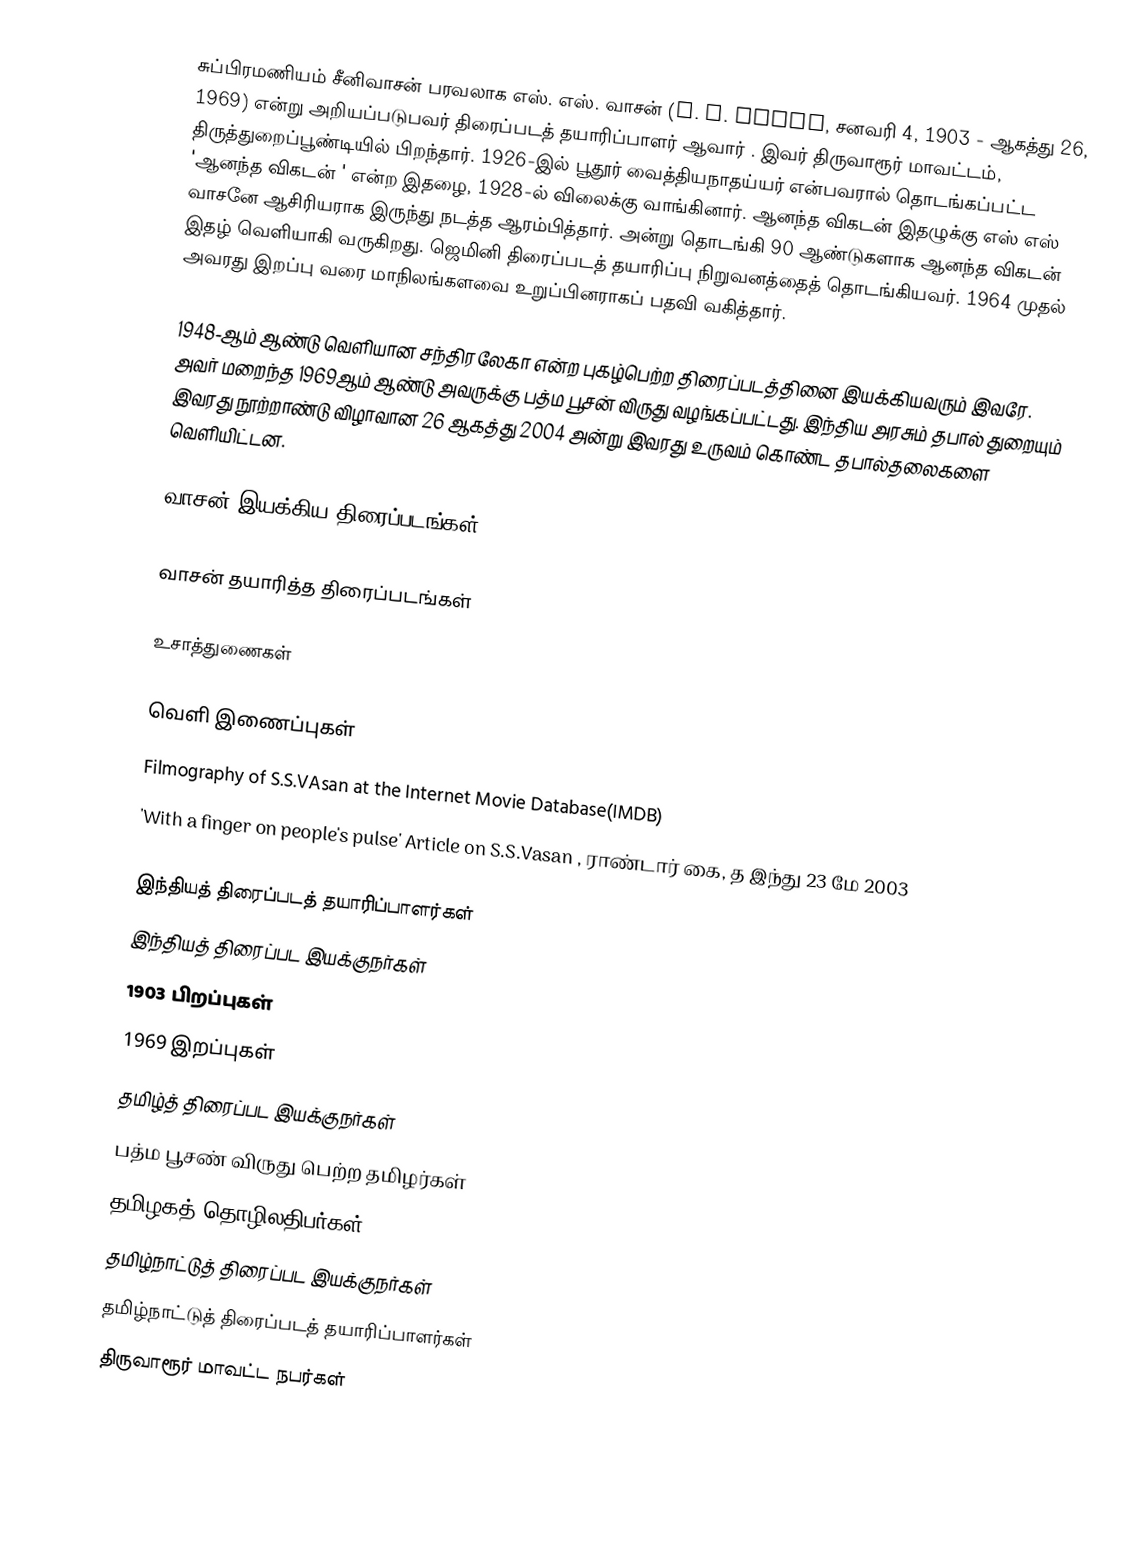
சுப்பிரமணியம் சீனிவாசன் பரவலாக எஸ். எஸ். வாசன் (S. S. Vasan, சனவரி 4, 1903 - ஆகத்து 26, 1969) என்று அறியப்படுபவர் திரைப்படத் தயாரிப்பாளர் ஆவார் . இவர் திருவாரூர் மாவட்டம், திருத்துறைப்பூண்டியில் பிறந்தார். 1926-இல் பூதூர் வைத்தியநாதய்யர் என்பவரால் தொடங்கப்பட்ட 'ஆனந்த விகடன் ' என்ற இதழை, 1928-ல் விலைக்கு வாங்கினார். ஆனந்த விகடன் இதழுக்கு எஸ் எஸ் வாசனே ஆசிரியராக இருந்து நடத்த ஆரம்பித்தார். அன்று  தொடங்கி 90 ஆண்டுகளாக ஆனந்த விகடன் இதழ் வெளியாகி வருகிறது. ஜெமினி திரைப்படத் தயாரிப்பு நிறுவனத்தைத் தொடங்கியவர். 1964 முதல் அவரது இறப்பு வரை மாநிலங்களவை உறுப்பினராகப் பதவி வகித்தார்.

1948-ஆம் ஆண்டு வெளியான சந்திரலேகா என்ற புகழ்பெற்ற திரைப்படத்தினை இயக்கியவரும் இவரே. அவர் மறைந்த 1969ஆம் ஆண்டு அவருக்கு பத்ம பூசன் விருது வழங்கப்பட்டது. இந்திய அரசும் தபால் துறையும் இவரது நூற்றாண்டு விழாவான 26 ஆகத்து 2004 அன்று  இவரது உருவம் கொண்ட தபால்தலைகளை வெளியிட்டன.

வாசன் இயக்கிய திரைப்படங்கள்

வாசன் தயாரித்த திரைப்படங்கள்

உசாத்துணைகள்

வெளி இணைப்புகள்
 Filmography of S.S.VAsan at the Internet Movie Database(IMDB)
 'With a finger on people's pulse' Article on S.S.Vasan , ராண்டார் கை, த இந்து 23 மே 2003

இந்தியத் திரைப்படத் தயாரிப்பாளர்கள்
இந்தியத் திரைப்பட இயக்குநர்கள்
1903 பிறப்புகள்
1969 இறப்புகள்
தமிழ்த் திரைப்பட இயக்குநர்கள்
பத்ம பூசண் விருது பெற்ற தமிழர்கள்
தமிழகத் தொழிலதிபர்கள்
தமிழ்நாட்டுத் திரைப்பட இயக்குநர்கள்
தமிழ்நாட்டுத் திரைப்படத் தயாரிப்பாளர்கள்
திருவாரூர் மாவட்ட நபர்கள்